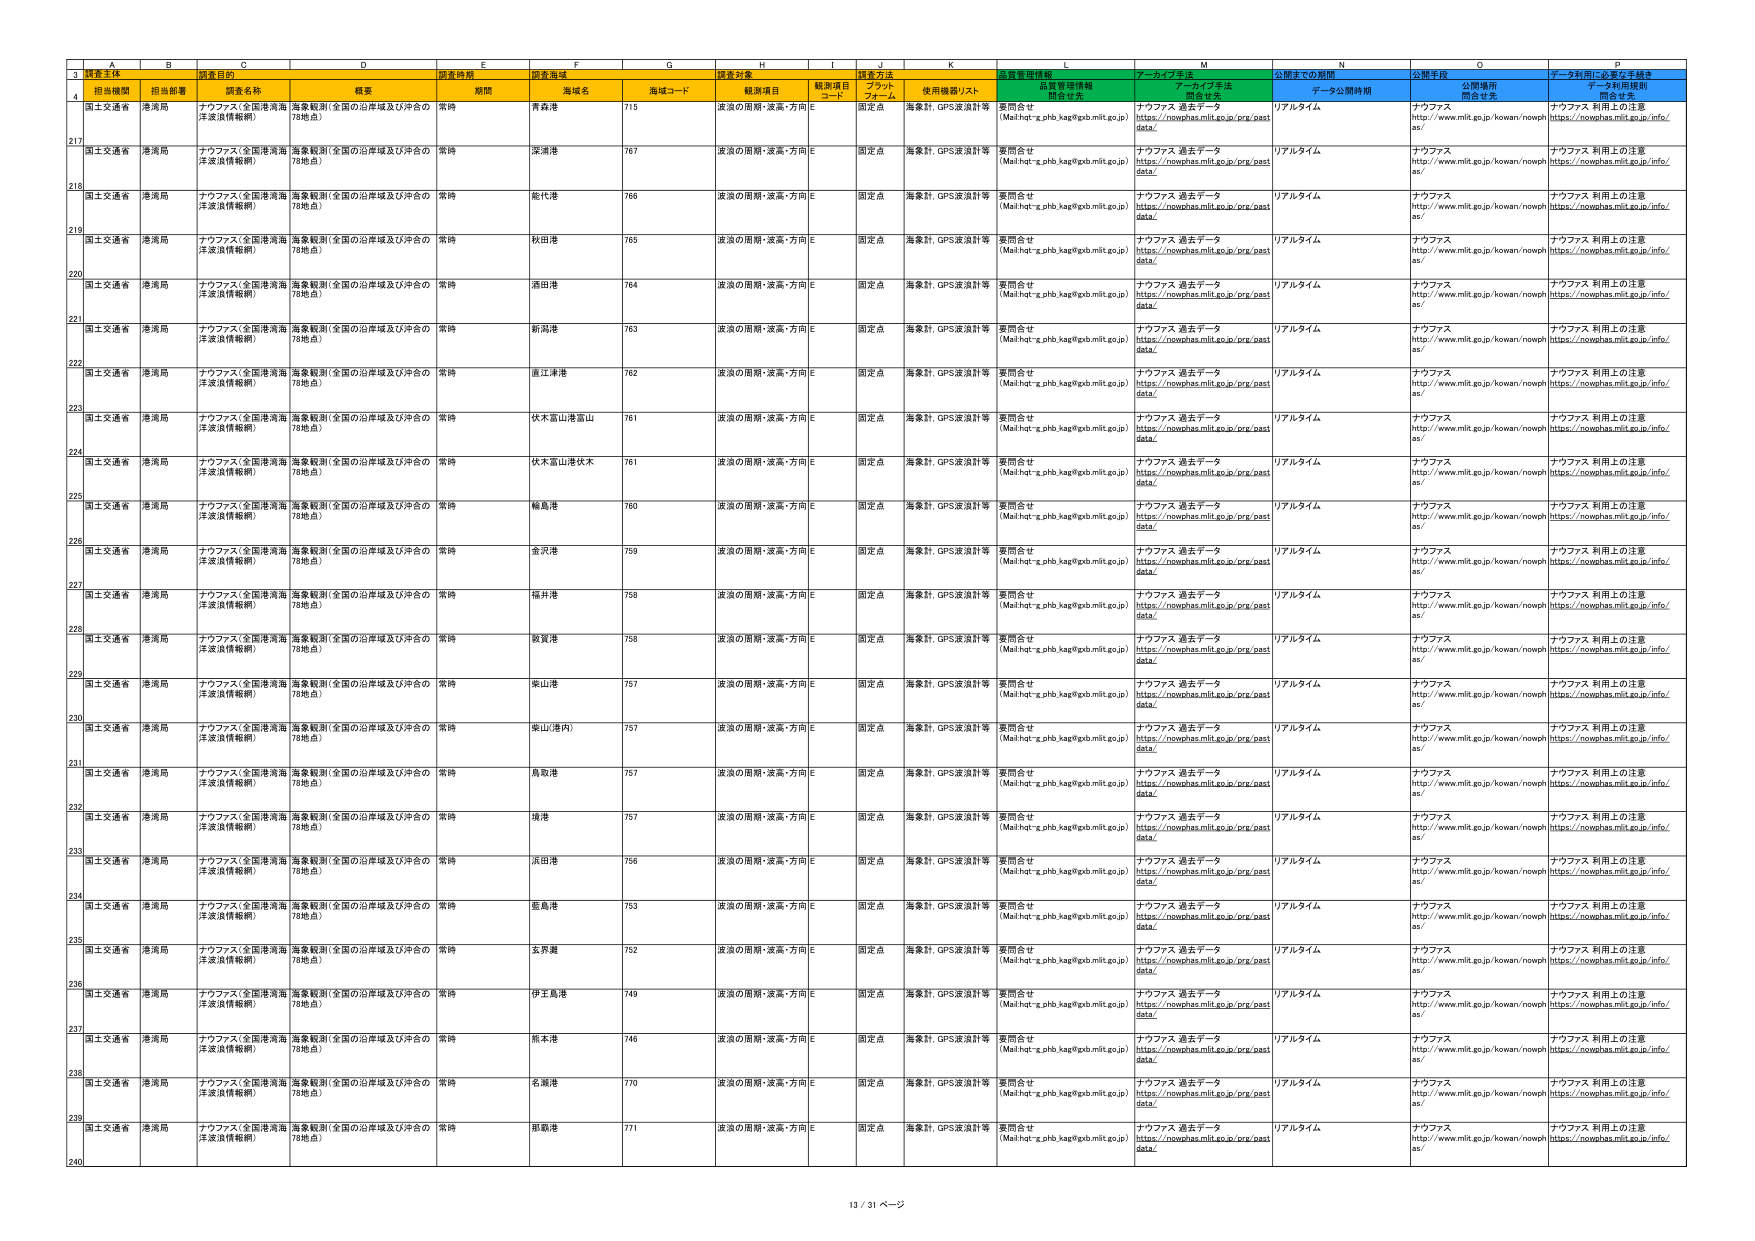
3 調査主体
調査目的
調査時期
調査海域
調査対象
調査方法
品質管理情報
アーカイブ手法
公開までの期間
公開手段
データ利用に必要な手続き
4 担当機関
担当部署
調査名称
概要
期間
海域名
海域コード
観測項目
観測項目コード
プラットフォーム
使用機器リスト
品質管理情報
関係者先
アーカイブ手法
関係者先
データ公開時期
公開場所
関係者先
データ利用規則
関係者先
217 国土交通省 港湾局 ナウファス（全国港湾海洋波浪情報網） 海象観測（全国の沿岸域及び沖合の78地点） 常時 青森港 715 波浪の周期・波高・方向 E 固定点 海象計、GPS波浪計等 要問合せ (Mail:ht-g.phb.kag@pob.mlit.go.jp) ナウファス 過去データ https://nowphas.mlit.go.jp/prg/past data/ リアルタイム ナウファス http://www.mlit.go.jp/kowan/nowph as/ ナウファス 利用上の注意 https://nowphas.mlit.go.jp/info/
218 国土交通省 港湾局 ナウファス（全国港湾海洋波浪情報網） 海象観測（全国の沿岸域及び沖合の78地点） 常時 深浦港 767 波浪の周期・波高・方向 E 固定点 海象計、GPS波浪計等 要問合せ (Mail:ht-g.phb.kag@pob.mlit.go.jp) ナウファス 過去データ https://nowphas.mlit.go.jp/prg/past data/ リアルタイム ナウファス http://www.mlit.go.jp/kowan/nowph as/ ナウファス 利用上の注意 https://nowphas.mlit.go.jp/info/
219 国土交通省 港湾局 ナウファス（全国港湾海洋波浪情報網） 海象観測（全国の沿岸域及び沖合の78地点） 常時 能代港 766 波浪の周期・波高・方向 E 固定点 海象計、GPS波浪計等 要問合せ (Mail:ht-g.phb.kag@pob.mlit.go.jp) ナウファス 過去データ https://nowphas.mlit.go.jp/prg/past data/ リアルタイム ナウファス http://www.mlit.go.jp/kowan/nowph as/ ナウファス 利用上の注意 https://nowphas.mlit.go.jp/info/
220 国土交通省 港湾局 ナウファス（全国港湾海洋波浪情報網） 海象観測（全国の沿岸域及び沖合の78地点） 常時 秋田港 765 波浪の周期・波高・方向 E 固定点 海象計、GPS波浪計等 要問合せ (Mail:ht-g.phb.kag@pob.mlit.go.jp) ナウファス 過去データ https://nowphas.mlit.go.jp/prg/past data/ リアルタイム ナウファス http://www.mlit.go.jp/kowan/nowph as/ ナウファス 利用上の注意 https://nowphas.mlit.go.jp/info/
221 国土交通省 港湾局 ナウファス（全国港湾海洋波浪情報網） 海象観測（全国の沿岸域及び沖合の78地点） 常時 酒田港 764 波浪の周期・波高・方向 E 固定点 海象計、GPS波浪計等 要問合せ (Mail:ht-g.phb.kag@pob.mlit.go.jp) ナウファス 過去データ https://nowphas.mlit.go.jp/prg/past data/ リアルタイム ナウファス http://www.mlit.go.jp/kowan/nowph as/ ナウファス 利用上の注意 https://nowphas.mlit.go.jp/info/
222 国土交通省 港湾局 ナウファス（全国港湾海洋波浪情報網） 海象観測（全国の沿岸域及び沖合の78地点） 常時 新潟港 763 波浪の周期・波高・方向 E 固定点 海象計、GPS波浪計等 要問合せ (Mail:ht-g.phb.kag@pob.mlit.go.jp) ナウファス 過去データ https://nowphas.mlit.go.jp/prg/past data/ リアルタイム ナウファス http://www.mlit.go.jp/kowan/nowph as/ ナウファス 利用上の注意 https://nowphas.mlit.go.jp/info/
223 国土交通省 港湾局 ナウファス（全国港湾海洋波浪情報網） 海象観測（全国の沿岸域及び沖合の78地点） 常時 重江津港 762 波浪の周期・波高・方向 E 固定点 海象計、GPS波浪計等 要問合せ (Mail:ht-g.phb.kag@pob.mlit.go.jp) ナウファス 過去データ https://nowphas.mlit.go.jp/prg/past data/ リアルタイム ナウファス http://www.mlit.go.jp/kowan/nowph as/ ナウファス 利用上の注意 https://nowphas.mlit.go.jp/info/
224 国土交通省 港湾局 ナウファス（全国港湾海洋波浪情報網） 海象観測（全国の沿岸域及び沖合の78地点） 常時 伏木富山港富山 761 波浪の周期・波高・方向 E 固定点 海象計、GPS波浪計等 要問合せ (Mail:ht-g.phb.kag@pob.mlit.go.jp) ナウファス 過去データ https://nowphas.mlit.go.jp/prg/past data/ リアルタイム ナウファス http://www.mlit.go.jp/kowan/nowph as/ ナウファス 利用上の注意 https://nowphas.mlit.go.jp/info/
225 国土交通省 港湾局 ナウファス（全国港湾海洋波浪情報網） 海象観測（全国の沿岸域及び沖合の78地点） 常時 伏木富山港伏木 761 波浪の周期・波高・方向 E 固定点 海象計、GPS波浪計等 要問合せ (Mail:ht-g.phb.kag@pob.mlit.go.jp) ナウファス 過去データ https://nowphas.mlit.go.jp/prg/past data/ リアルタイム ナウファス http://www.mlit.go.jp/kowan/nowph as/ ナウファス 利用上の注意 https://nowphas.mlit.go.jp/info/
226 国土交通省 港湾局 ナウファス（全国港湾海洋波浪情報網） 海象観測（全国の沿岸域及び沖合の78地点） 常時 輪島港 760 波浪の周期・波高・方向 E 固定点 海象計、GPS波浪計等 要問合せ (Mail:ht-g.phb.kag@pob.mlit.go.jp) ナウファス 過去データ https://nowphas.mlit.go.jp/prg/past data/ リアルタイム ナウファス http://www.mlit.go.jp/kowan/nowph as/ ナウファス 利用上の注意 https://nowphas.mlit.go.jp/info/
227 国土交通省 港湾局 ナウファス（全国港湾海洋波浪情報網） 海象観測（全国の沿岸域及び沖合の78地点） 常時 金沢港 759 波浪の周期・波高・方向 E 固定点 海象計、GPS波浪計等 要問合せ (Mail:ht-g.phb.kag@pob.mlit.go.jp) ナウファス 過去データ https://nowphas.mlit.go.jp/prg/past data/ リアルタイム ナウファス http://www.mlit.go.jp/kowan/nowph as/ ナウファス 利用上の注意 https://nowphas.mlit.go.jp/info/
228 国土交通省 港湾局 ナウファス（全国港湾海洋波浪情報網） 海象観測（全国の沿岸域及び沖合の78地点） 常時 福井港 758 波浪の周期・波高・方向 E 固定点 海象計、GPS波浪計等 要問合せ (Mail:ht-g.phb.kag@pob.mlit.go.jp) ナウファス 過去データ https://nowphas.mlit.go.jp/prg/past data/ リアルタイム ナウファス http://www.mlit.go.jp/kowan/nowph as/ ナウファス 利用上の注意 https://nowphas.mlit.go.jp/info/
229 国土交通省 港湾局 ナウファス（全国港湾海洋波浪情報網） 海象観測（全国の沿岸域及び沖合の78地点） 常時 敦賀港 758 波浪の周期・波高・方向 E 固定点 海象計、GPS波浪計等 要問合せ (Mail:ht-g.phb.kag@pob.mlit.go.jp) ナウファス 過去データ https://nowphas.mlit.go.jp/prg/past data/ リアルタイム ナウファス http://www.mlit.go.jp/kowan/nowph as/ ナウファス 利用上の注意 https://nowphas.mlit.go.jp/info/
230 国土交通省 港湾局 ナウファス（全国港湾海洋波浪情報網） 海象観測（全国の沿岸域及び沖合の78地点） 常時 東山港 757 波浪の周期・波高・方向 E 固定点 海象計、GPS波浪計等 要問合せ (Mail:ht-g.phb.kag@pob.mlit.go.jp) ナウファス 過去データ https://nowphas.mlit.go.jp/prg/past data/ リアルタイム ナウファス http://www.mlit.go.jp/kowan/nowph as/ ナウファス 利用上の注意 https://nowphas.mlit.go.jp/info/
231 国土交通省 港湾局 ナウファス（全国港湾海洋波浪情報網） 海象観測（全国の沿岸域及び沖合の78地点） 常時 東山港(内) 757 波浪の周期・波高・方向 E 固定点 海象計、GPS波浪計等 要問合せ (Mail:ht-g.phb.kag@pob.mlit.go.jp) ナウファス 過去データ https://nowphas.mlit.go.jp/prg/past data/ リアルタイム ナウファス http://www.mlit.go.jp/kowan/nowph as/ ナウファス 利用上の注意 https://nowphas.mlit.go.jp/info/
232 国土交通省 港湾局 ナウファス（全国港湾海洋波浪情報網） 海象観測（全国の沿岸域及び沖合の78地点） 常時 鳥取港 757 波浪の周期・波高・方向 E 固定点 海象計、GPS波浪計等 要問合せ (Mail:ht-g.phb.kag@pob.mlit.go.jp) ナウファス 過去データ https://nowphas.mlit.go.jp/prg/past data/ リアルタイム ナウファス http://www.mlit.go.jp/kowan/nowph as/ ナウファス 利用上の注意 https://nowphas.mlit.go.jp/info/
233 国土交通省 港湾局 ナウファス（全国港湾海洋波浪情報網） 海象観測（全国の沿岸域及び沖合の78地点） 常時 境港 757 波浪の周期・波高・方向 E 固定点 海象計、GPS波浪計等 要問合せ (Mail:ht-g.phb.kag@pob.mlit.go.jp) ナウファス 過去データ https://nowphas.mlit.go.jp/prg/past data/ リアルタイム ナウファス http://www.mlit.go.jp/kowan/nowph as/ ナウファス 利用上の注意 https://nowphas.mlit.go.jp/info/
234 国土交通省 港湾局 ナウファス（全国港湾海洋波浪情報網） 海象観測（全国の沿岸域及び沖合の78地点） 常時 浜田港 756 波浪の周期・波高・方向 E 固定点 海象計、GPS波浪計等 要問合せ (Mail:ht-g.phb.kag@pob.mlit.go.jp) ナウファス 過去データ https://nowphas.mlit.go.jp/prg/past data/ リアルタイム ナウファス http://www.mlit.go.jp/kowan/nowph as/ ナウファス 利用上の注意 https://nowphas.mlit.go.jp/info/
235 国土交通省 港湾局 ナウファス（全国港湾海洋波浪情報網） 海象観測（全国の沿岸域及び沖合の78地点） 常時 亜島港 753 波浪の周期・波高・方向 E 固定点 海象計、GPS波浪計等 要問合せ (Mail:ht-g.phb.kag@pob.mlit.go.jp) ナウファス 過去データ https://nowphas.mlit.go.jp/prg/past data/ リアルタイム ナウファス http://www.mlit.go.jp/kowan/nowph as/ ナウファス 利用上の注意 https://nowphas.mlit.go.jp/info/
236 国土交通省 港湾局 ナウファス（全国港湾海洋波浪情報網） 海象観測（全国の沿岸域及び沖合の78地点） 常時 玄界灘 752 波浪の周期・波高・方向 E 固定点 海象計、GPS波浪計等 要問合せ (Mail:ht-g.phb.kag@pob.mlit.go.jp) ナウファス 過去データ https://nowphas.mlit.go.jp/prg/past data/ リアルタイム ナウファス http://www.mlit.go.jp/kowan/nowph as/ ナウファス 利用上の注意 https://nowphas.mlit.go.jp/info/
237 国土交通省 港湾局 ナウファス（全国港湾海洋波浪情報網） 海象観測（全国の沿岸域及び沖合の78地点） 常時 伊王島港 749 波浪の周期・波高・方向 E 固定点 海象計、GPS波浪計等 要問合せ (Mail:ht-g.phb.kag@pob.mlit.go.jp) ナウファス 過去データ https://nowphas.mlit.go.jp/prg/past data/ リアルタイム ナウファス http://www.mlit.go.jp/kowan/nowph as/ ナウファス 利用上の注意 https://nowphas.mlit.go.jp/info/
238 国土交通省 港湾局 ナウファス（全国港湾海洋波浪情報網） 海象観測（全国の沿岸域及び沖合の78地点） 常時 熊本港 746 波浪の周期・波高・方向 E 固定点 海象計、GPS波浪計等 要問合せ (Mail:ht-g.phb.kag@pob.mlit.go.jp) ナウファス 過去データ https://nowphas.mlit.go.jp/prg/past data/ リアルタイム ナウファス http://www.mlit.go.jp/kowan/nowph as/ ナウファス 利用上の注意 https://nowphas.mlit.go.jp/info/
239 国土交通省 港湾局 ナウファス（全国港湾海洋波浪情報網） 海象観測（全国の沿岸域及び沖合の78地点） 常時 名瀬港 770 波浪の周期・波高・方向 E 固定点 海象計、GPS波浪計等 要問合せ (Mail:ht-g.phb.kag@pob.mlit.go.jp) ナウファス 過去データ https://nowphas.mlit.go.jp/prg/past data/ リアルタイム ナウファス http://www.mlit.go.jp/kowan/nowph as/ ナウファス 利用上の注意 https://nowphas.mlit.go.jp/info/
240 国土交通省 港湾局 ナウファス（全国港湾海洋波浪情報網） 海象観測（全国の沿岸域及び沖合の78地点） 常時 影島港 771 波浪の周期・波高・方向 E 固定点 海象計、GPS波浪計等 要問合せ (Mail:ht-g.phb.kag@pob.mlit.go.jp) ナウファス 過去データ https://nowphas.mlit.go.jp/prg/past data/ リアルタイム ナウファス http://www.mlit.go.jp/kowan/nowph as/ ナウファス 利用上の注意 https://nowphas.mlit.go.jp/info/
13 / 31 ページ